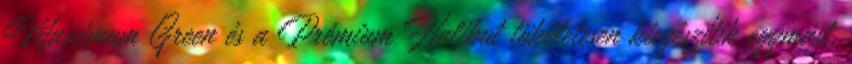
Maximum Green és a Prémium Halibut tökéletesen kiegészítik egymást.